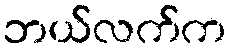
ဘယ်လက်က